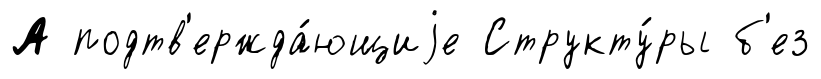
А подтв'ержда́ющиjе Структу́ры б'ез